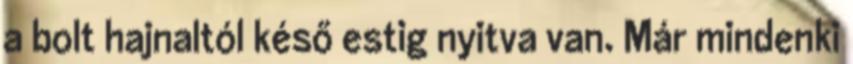
a bolt hajnaltól késő estig nyitva van. Már mindenki